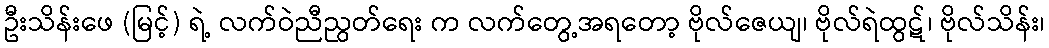
ဦးသိန်းဖေ (မြင့်) ရဲ့ လက်ဝဲညီညွတ်ရေး က လက်တွေ့အရတော့ ဗိုလ်ဇေယျ၊ ဗိုလ်ရဲထွဋ်၊ ဗိုလ်သိန်း၊